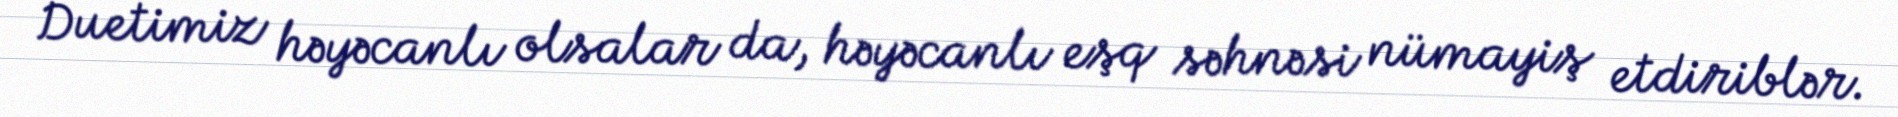
Duetimiz həyəcanlı olsalar da, həyəcanlı eşq səhnəsi nümayiş etdiriblər.